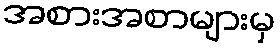
အစားအစာများမှ